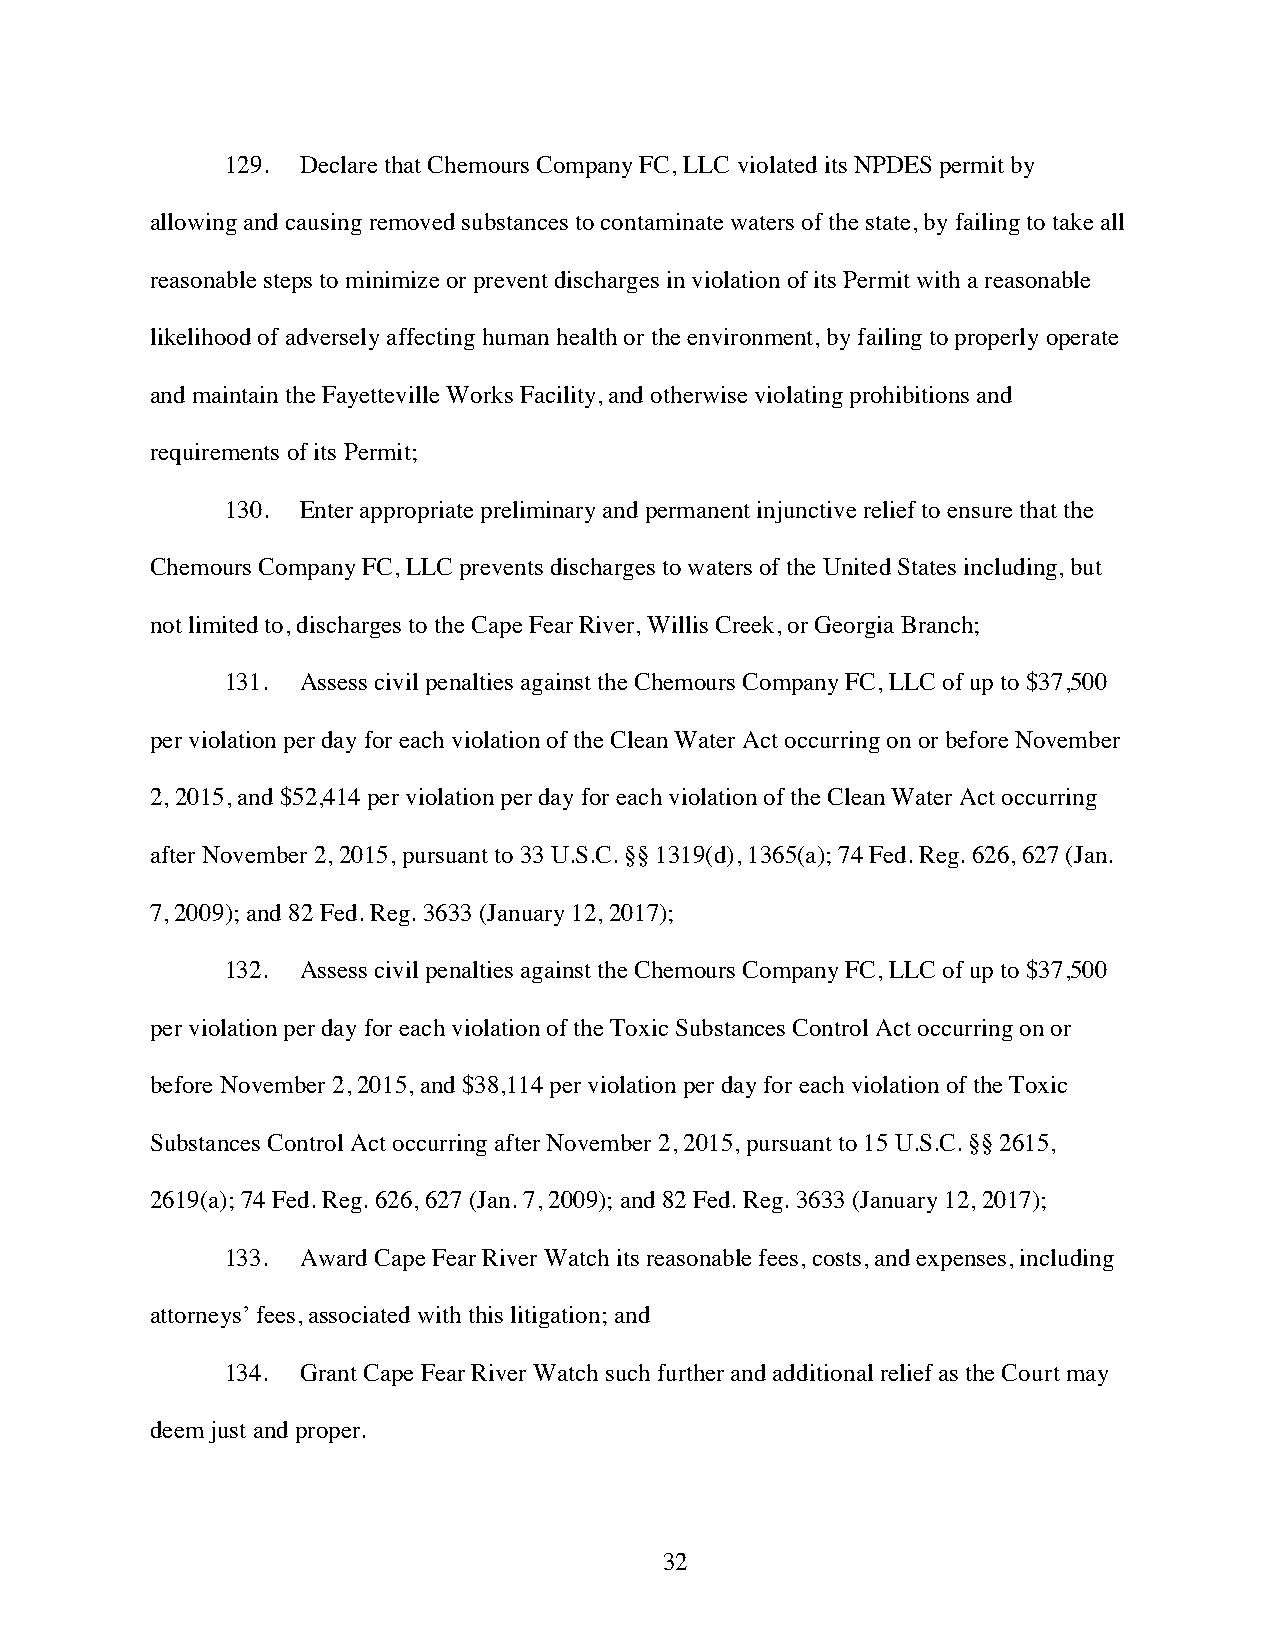
129. Declare that Chemours Company FC, LLC violated its NPDES permit by
 allowing and causing removed substances to contaminate waters of the state, by failing to take all
 reasonable steps to minimize or prevent discharges in violation of its Permit with a reasonable
 likelihood of adversely affecting human health or the environment, by failing to properly operate
 and maintain the Fayetteville Works Facility, and otherwise violating prohibitions and
 requirements of its Permit;
 130. Enter appropriate preliminary and permanent injunctive relief to ensure that the
 Chemours Company FC, LLC prevents discharges to waters of the United States including, but
 not limited to, discharges to the Cape Fear River, Willis Creek, or Georgia Branch;
 131. Assess civil penalties against the Chemours Company FC, LLC of up to $37,500
 per violation per day for each violation of the Clean Water Act occurring on or before November
 2, 2015, and $52,414 per violation per day for each violation of the Clean Water Act occurring
 after November 2, 2015, pursuant to 33 U.S.C. §§ 1319(d), 1365(a); 74 Fed. Reg. 626, 627 (Jan.
 7, 2009); and 82 Fed. Reg. 3633 (January 12, 2017);
 132. Assess civil penalties against the Chemours Company FC, LLC of up to $37,500
 per violation per day for each violation of the Toxic Substances Control Act occurring on or
 before November 2, 2015, and $38,114 per violation per day for each violation of the Toxic
 Substances Control Act occurring after November 2, 2015, pursuant to 15 U.S.C. §§ 2615,
 2619(a); 74 Fed. Reg. 626, 627 (Jan. 7, 2009); and 82 Fed. Reg. 3633 (January 12, 2017);
 133. Award Cape Fear River Watch its reasonable fees, costs, and expenses, including
 attorneys’ fees, associated with this litigation; and
 134. Grant Cape Fear River Watch such further and additional relief as the Court may
 deem just and proper.
 32